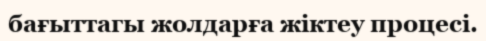
бағыттагы жолдарға жіктеу процесі.